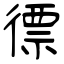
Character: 徱